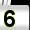
Digit: 6